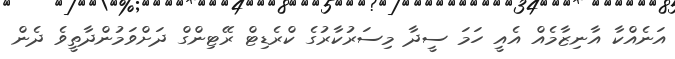
އަނެއްކާ އާނިޒާމެއް އެއީ ހަމަ ސީދާ މިސަރުކާރުގެ ކްރެޑިޓް ރޭޓިންގް ދަށްވަމުންދާތީވެ ދެން